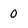
Character: 0